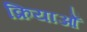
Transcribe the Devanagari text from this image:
क्रियाओँ